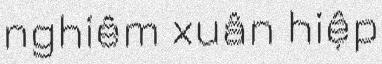
nghiêm xuân hiệp